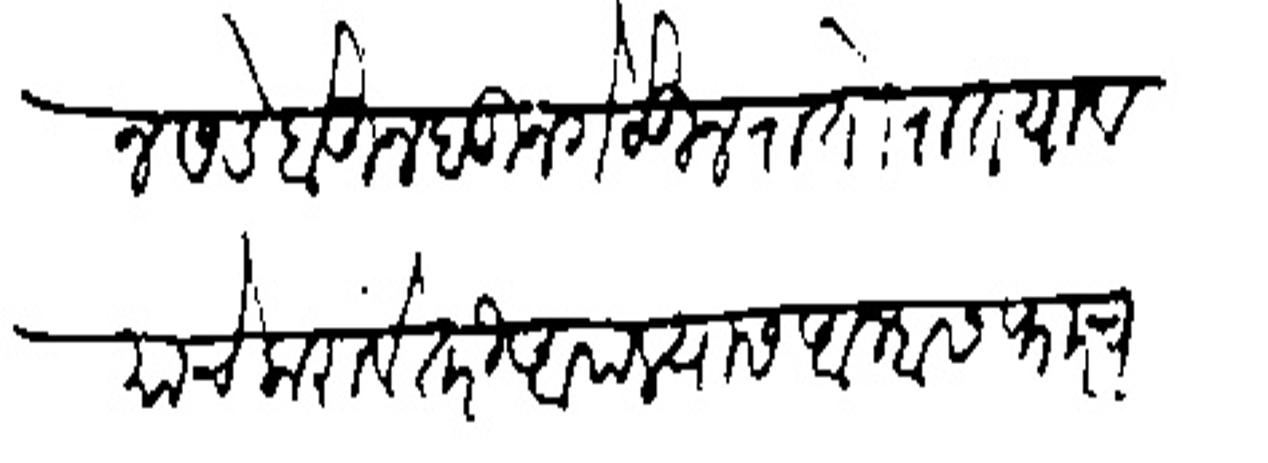
Transliteration (Devanagari): पेयून सडे होऊन बुनगे ठेऊन रातोरात यावयाचे करावें तरी आपल्यास आम्हास फारच